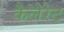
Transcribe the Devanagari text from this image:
कैलेरेट